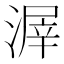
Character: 𣹲